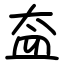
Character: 盇